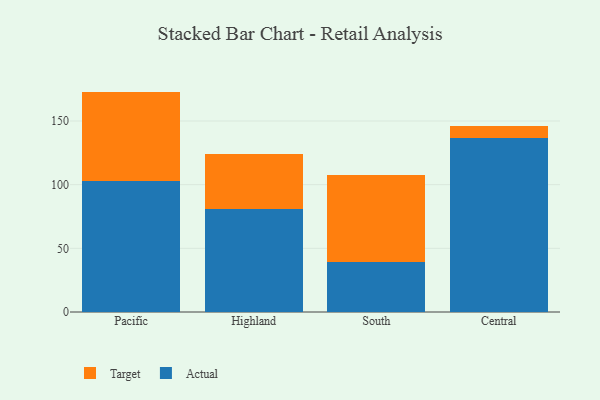
{"axis": {"x": "Region", "y": "Latency (ms)"}, "legend": ["Actual", "Target"], "data": [{"x": "Pacific", "y": 102.5, "type": "Actual"}, {"x": "Pacific", "y": 70.6, "type": "Target"}, {"x": "Highland", "y": 81.0, "type": "Actual"}, {"x": "Highland", "y": 43.4, "type": "Target"}, {"x": "South", "y": 38.9, "type": "Actual"}, {"x": "South", "y": 68.8, "type": "Target"}, {"x": "Central", "y": 136.8, "type": "Actual"}, {"x": "Central", "y": 8.9, "type": "Target"}]}